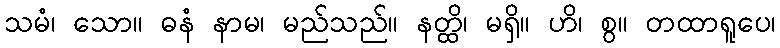
သမံ၊ သော။ ဓနံ နာမ၊ မည်သည်။ နတ္ထိ၊ မရှိ။ ဟိ၊ စွ။ တထာရူပေ၊